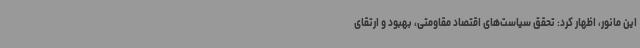
این مانور، اظهار کرد: تحقق سیاست‌های اقتصاد مقاومتی، بهبود و ارتقای